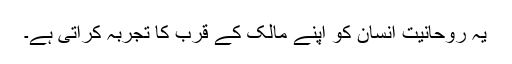
یہ روحانیت انسان کو اپنے مالک کے قرب کا تجربہ کراتی ہے۔